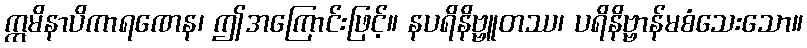
ဣမိနာပိကာရဏေန၊ ဤအကြောင်းဖြင့်။ နပရိနိဗ္ဗူတဿ၊ ပရိနိဗ္ဗာန်မစံသေးသော။